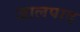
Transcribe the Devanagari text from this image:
जालपाद